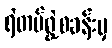
ရဲတပ်ဖွဲ့စခန်းမှ